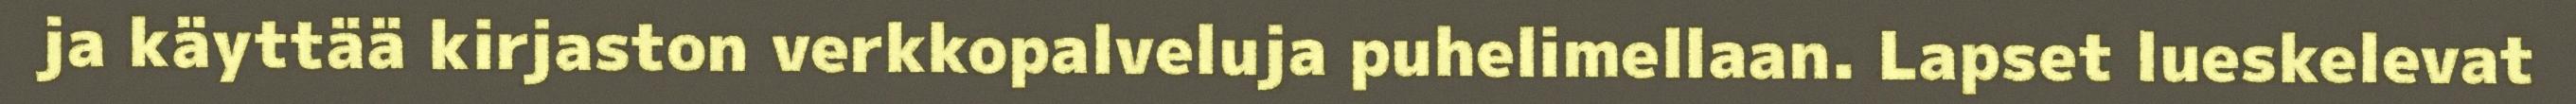
ja käyttää kirjaston verkkopalveluja puhelimellaan. Lapset lueskelevat